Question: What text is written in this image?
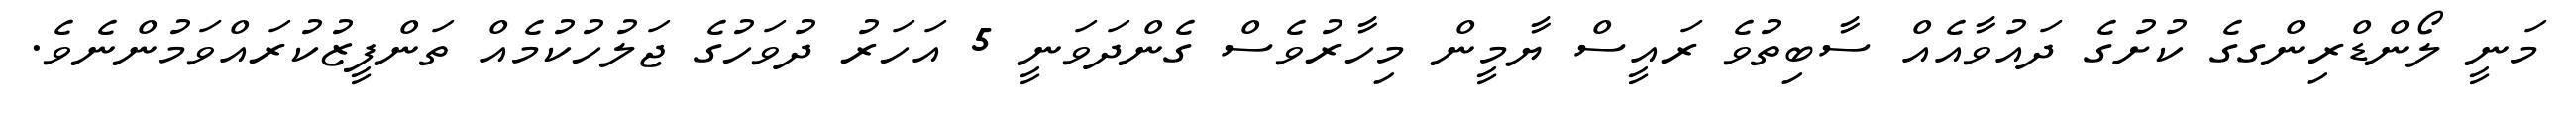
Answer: މަނީ ލޯންޑްރިންގގެ ކުށުގެ ދައުވާއެއް ސާބިތުވެ ރައީސް ޔާމީން މިހާރުވެސް ގެންދަވަނީ 5 އަހަރު ދުވަހުގެ ޖަލުހުކުމެއް ތަންފީޒުކުރައްވަމުންނެވެ.